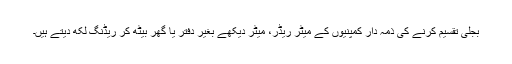
بجلی تقسیم کرنے کی ذمہ دار کمپنیوں کے میٹر ریڈر، میٹر دیکھے بغیر دفتر یا گھر بیٹھ کر ریڈنگ لکھ دیتے ہیں۔